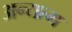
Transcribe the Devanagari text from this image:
अन्यत्म